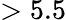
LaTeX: >5.5